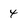
Character: 4